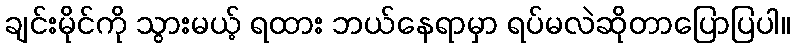
ချင်းမိုင်ကို သွားမယ့် ရထား ဘယ်နေရာမှာ ရပ်မလဲဆိုတာပြောပြပါ။